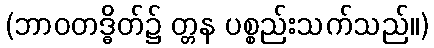
(ဘာဝတဒ္ဓိတ်၌ တ္တန ပစ္စည်းသက်သည်။)